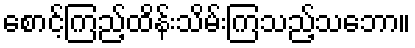
စောင့်ကြည့်ထိန်းသိမ်းကြသည့်သဘော။